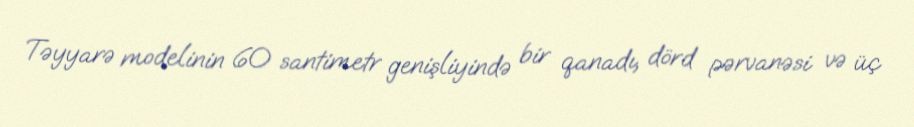
Təyyarə modelinin 60 santimetr genişliyində bir qanadı, dörd pərvanəsi və üç